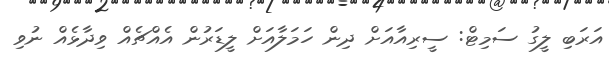
އަރަބި ލީގު ސަމިޓް: ސީރިއާާއަށް ދިން ހަމަލާއަށް ލީޑަރުން އެއްޗެއް ވިދާޅެއް ނުވި